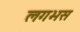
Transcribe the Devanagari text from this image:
लगभस